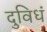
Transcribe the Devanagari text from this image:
दुविधं